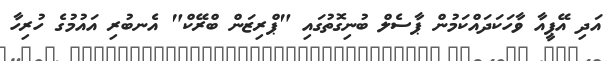
އަދި އޭޕީއާ ވާހަކަދައްކަމުން ޕާސެލް ބުނިގޮތުގައި "ޕްރިޒަން ބްރޭކް" އެނބުރި އައުމުގެ ހުރިހާ